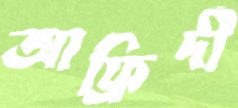
আফ্রিদী